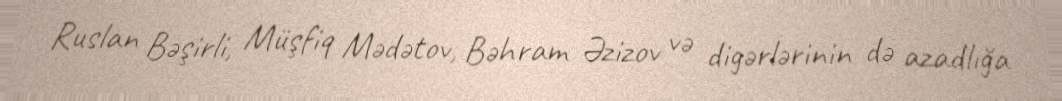
Ruslan Bəşirli, Müşfiq Mədətov, Bəhram Əzizov və digərlərinin də azadlığa